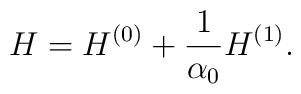
H=H^{(0)}+\frac{1}{\alpha_0}H^{(1)}.